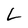
Character: L